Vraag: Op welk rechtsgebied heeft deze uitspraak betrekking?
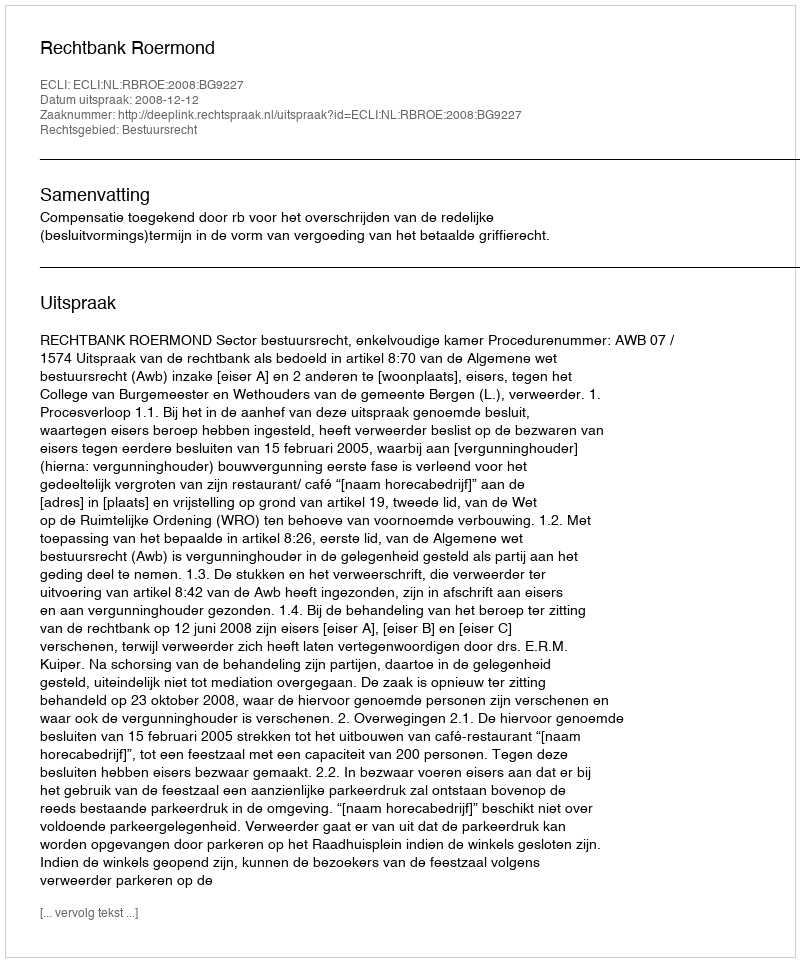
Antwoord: Bestuursrecht